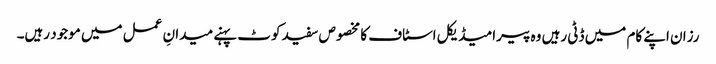
رزان اپنے کام میں ڈٹی رہیں وہ پیرامیڈیکل اسٹاف کا مخصوص سفید کوٹ پہنے میدانِ عمل میں موجود رہیں۔